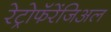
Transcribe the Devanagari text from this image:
रेट्रोफॅरेंजिअल